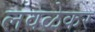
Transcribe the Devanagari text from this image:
लवळेकर